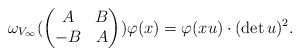
\begin{align*} \omega_{V_\infty}( \begin{pmatrix} A & B \\ -B & A \end{pmatrix}) \varphi(x) = \varphi(xu)\cdot (\det u)^2. \end{align*}